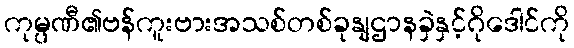
ကုမ္ပဏီ၏ဗန်ကူးဗားအသစ်တစ်ခုနျဌာနခှဲနှင့်ဂိုဒေါင်ကို